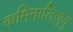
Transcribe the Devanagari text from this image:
कमिनालिजुयु